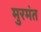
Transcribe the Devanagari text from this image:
मुरमंत